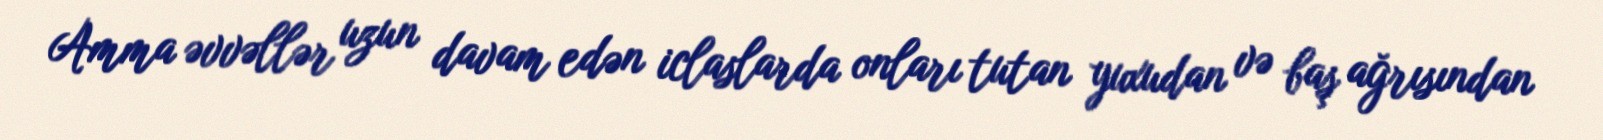
Amma əvvəllər uzun davam edən iclaslarda onları tutan yuxudan və baş ağrısından